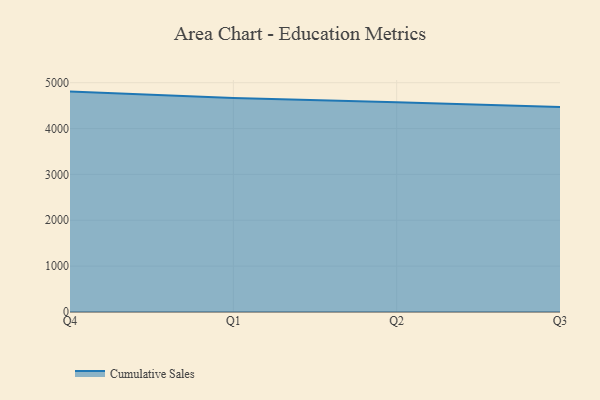
{"axis": {"x": "Quarter", "y": "Inventory Turnover"}, "legend": ["Cumulative Sales"], "data": [{"x": "Q4", "y": 4806.0, "type": "Cumulative Sales"}, {"x": "Q1", "y": 4669.0, "type": "Cumulative Sales"}, {"x": "Q2", "y": 4576.0, "type": "Cumulative Sales"}, {"x": "Q3", "y": 4468.4, "type": "Cumulative Sales"}]}